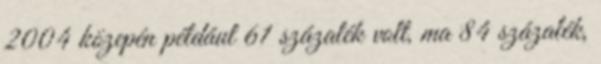
2004 közepén például 61 százalék volt, ma 84 százalék,